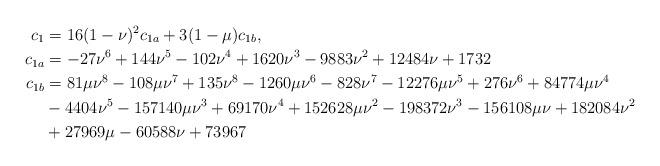
LaTeX: \begin{align*}c_1&=16(1-\nu)^2 c_{1a}+3(1-\mu)c_{1b},\quad\\c_{1a} &=-27\nu^6+144\nu^5-102\nu^4+1620\nu^3-9883\nu^2+12484\nu+1732\\c_{1b}&=81\mu\nu^8-108\mu\nu^7+135\nu^8-1260\mu\nu^6-828\nu^7-12276\mu\nu^5+276\nu^6+84774\mu\nu^4\\ &-4404\nu^5-157140\mu\nu^3+69170\nu^4+152628\mu\nu^2-198372\nu^3-156108\mu\nu+182084\nu^2\\ &+27969\mu-60588\nu+73967\end{align*}